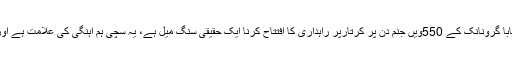
اداکارہ مہوش حیات نے لکھا کہ ’امن کے لیے بابا گرونانک کے 550ویں جنم دن پر کرتارپر راہداری کا افتتاح کرنا ایک حقیقی سنگ میل ہے، یہ سچی ہم آہنگی کی علامت ہے اور پاکستانیوں کے کشادہ دل ہونے کی نشانی ہے۔